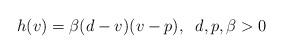
LaTeX: \begin{align*} h(v)=\beta (d-v)(v-p),\;\;d,p,\beta>0\end{align*}